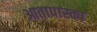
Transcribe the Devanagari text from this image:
आतापास्का